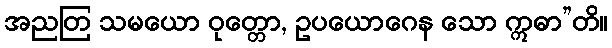
အညတြ သမယော ဝုတ္တော, ဥပယောဂေန သော ဣဓာ”တိ။